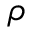
\rho